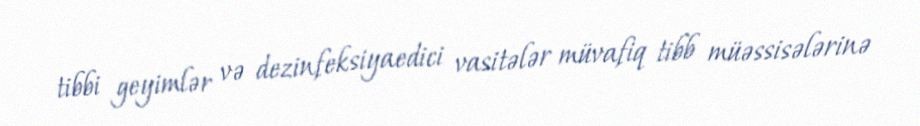
tibbi geyimlər və dezinfeksiyaedici vasitələr müvafiq tibb müəssisələrinə